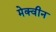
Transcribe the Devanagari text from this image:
मेक्वीन